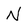
Character: N